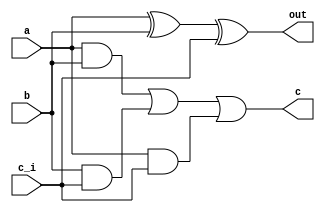
module adder1x2 (/*AUTOARG*/
   // Outputs
   out, c,
   // Inputs
   a, b, c_i
   ) ;

   input a, b, c_i;
   output out, c;
   wire   s1;
   wire   c1, c2, c3;

   xor x1(s1, a, b);
   xor x2(out, s1, c_i);
   and a0(c1, a, b);
   and a1(c2, b, c_i);
   and a2(c3, a, c_i);
   or o0(c, c1, c2, c3);

endmodule // adder1x2